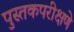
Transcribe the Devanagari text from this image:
पुस्तकपरीक्षणे